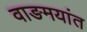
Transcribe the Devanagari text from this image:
वाङमयांत